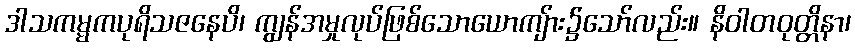
ဒါသကမ္မကပုရိသဇနေပိ၊ ကျွန်အမှုလုပ်ဖြစ်သောယောကျ်ား၌သော်လည်း။ နိဝါတဝုတ္တိနာ၊